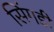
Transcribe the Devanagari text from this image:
सिंगडी